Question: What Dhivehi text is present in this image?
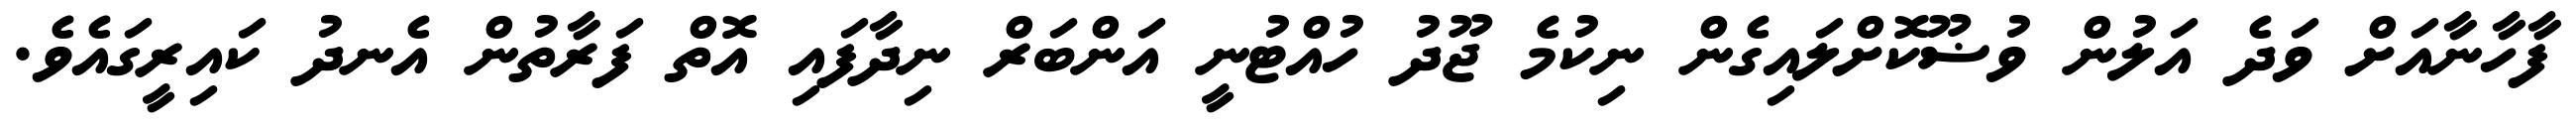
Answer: ފާހާނާއަށް ވަދެ އަލުން ވުޟޫކޮށްލައިގެން ނިކުމެ ޖޫދު ހުއްޓުނީ އަންބަރް ނިދާފައި އޮތް ފަރާތުން އެނދު ކައިރީގައެވެ.